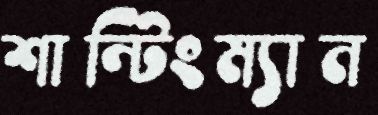
শান্টিংম্যান